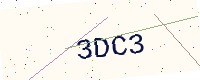
Text: 3DC3